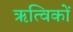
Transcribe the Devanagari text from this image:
ऋत्विकों